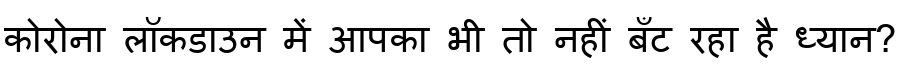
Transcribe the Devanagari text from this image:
कोरोना लॉकडाउन में आपका भी तो नहीं बँट रहा है ध्यान?